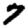
Digit: 7